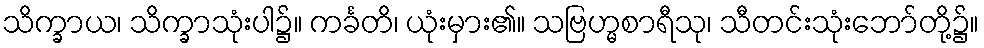
သိက္ခာယ၊ သိက္ခာသုံးပါ၌။ ကင်္ခတိ၊ ယုံးမှား၏။ သဗြဟ္မစာရီသု၊ သီတင်းသုံးဘော်တို့၌။